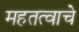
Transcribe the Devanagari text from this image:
महतत्वाचे